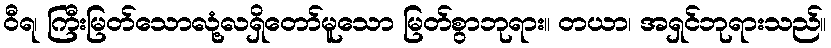
ဝီရ၊ ကြီးမြတ်သောလုံ့လရှိတော်မူသော မြတ်စွာဘုရား။ တယာ၊ အရှင်ဘုရားသည်။